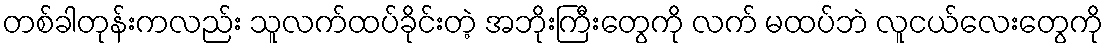
တစ်ခါတုန်းကလည်း သူလက်ထပ်ခိုင်းတဲ့ အဘိုးကြီးတွေကို လက် မထပ်ဘဲ လူငယ်လေးတွေကို